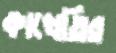
কাখেতির